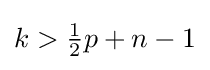
k>{\tfrac {1}{2}}p+n-1